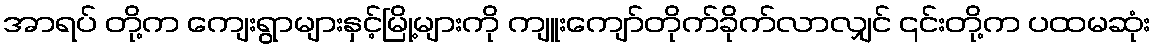
အာရပ် တို့က ကျေးရွာများနှင့်မြို့များကို ကျူးကျော်တိုက်ခိုက်လာလျှင် ၎င်းတို့က ပထမဆုံး